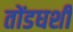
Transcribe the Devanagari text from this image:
तोंडघशी